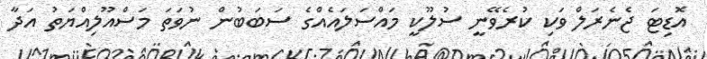
އޮޑިޓަ ޖެެނެރަލް ވަކި ކުރެވޭނީ ސުލޫކީ މައްސަލައެއްގެ ސަބަބުން ނުވަތަ މަސްއޫލިއްޔަތު އަދާ